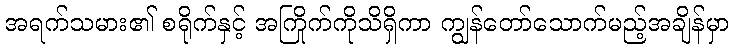
အရက်သမား၏ စရိုက်နှင့် အကြိုက်ကိုသိရှိကာ ကျွန်တော်သောက်မည့်အချိန်မှာ